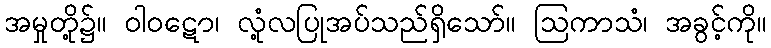
အမှုတို့၌။ ဝါဝဋော၊ လုံ့လပြုအပ်သည်ရှိသော်။ ဩကာသံ၊ အခွင့်ကို။